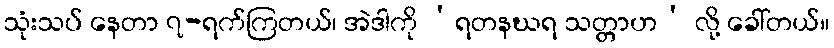
သုံးသပ် နေတာ ၇-ရက်ကြတယ်၊ အဲဒါကို ‘ရတနဃရ သတ္တာဟ’ လို့ ခေါ်တယ်။